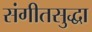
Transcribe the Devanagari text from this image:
संगीतसुद्धा